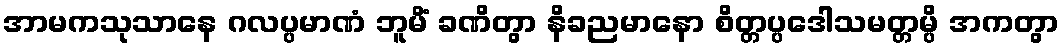
အာမကသုသာနေ ဂလပ္ပမာဏံ ဘူမိံ ခဏိတွာ နိခညမာနော စိတ္တပ္ပဒေါသမတ္တမ္ပိ အကတွာ